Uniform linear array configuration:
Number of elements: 8
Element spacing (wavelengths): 1
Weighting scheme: hamming
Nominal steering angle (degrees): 45
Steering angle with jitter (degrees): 43.189
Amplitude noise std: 0.05
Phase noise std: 0.05

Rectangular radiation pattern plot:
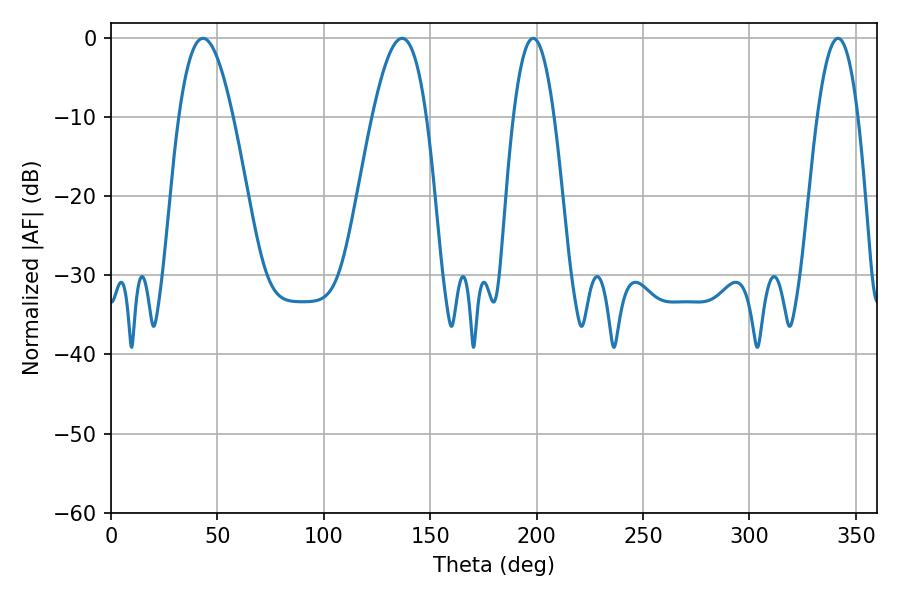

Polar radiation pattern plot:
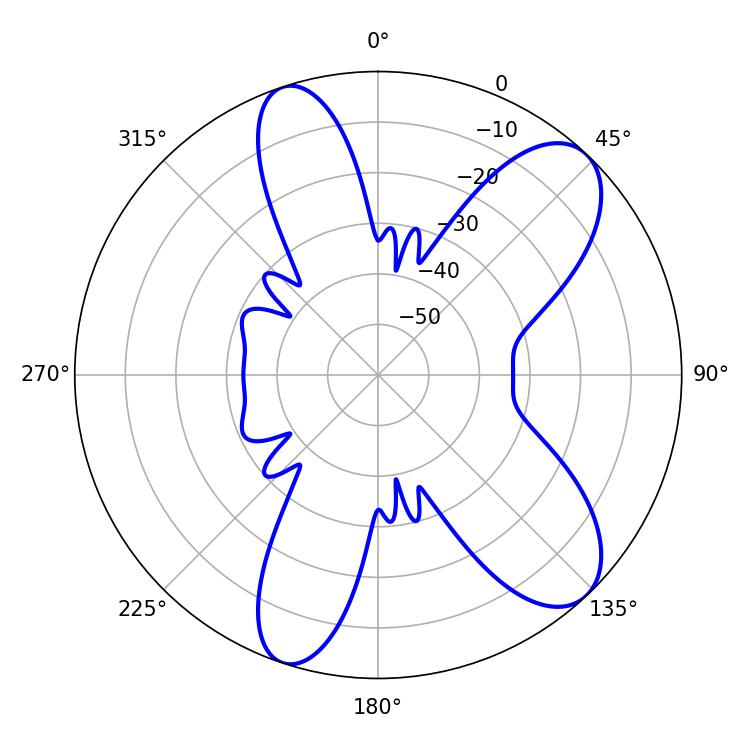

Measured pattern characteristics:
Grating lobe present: TRUE
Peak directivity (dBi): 9.267
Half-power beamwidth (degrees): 10.62
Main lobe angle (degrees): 198.36